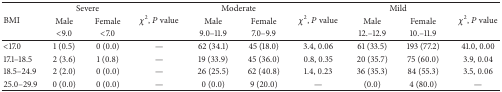
<table><thead><tr><td rowspan="3"><b>BMI</b></td><td colspan="2"><b>Severe</b></td><td rowspan="3"><b><i>χ</i><sup>2</sup>,<i>P</i> value</b></td><td colspan="2"><b>Moderate</b></td><td rowspan="3"><b><i>χ</i><sup>2</sup>, <i>P</i> value</b></td><td colspan="2"><b>Mild</b></td><td rowspan="3"><b><i>χ</i><sup>2</sup>, <i>P</i> value</b></td></tr><tr><td><b>Male</b></td><td><b>Female</b></td><td><b>Male</b></td><td><b>Female</b></td><td><b>Male</b></td><td><b>Female</b></td></tr><tr><td><b>&lt;9.0</b></td><td><b>&lt;7.0</b></td><td><b>9.0–11.9</b></td><td><b>7.0–9.9</b></td><td><b>12.–12.9</b></td><td><b>10.–11.9</b></td></tr></thead><tbody><tr><td>&lt;17.0</td><td>1 (0.5)</td><td> 0 (0.0)</td><td>—</td><td>62 (34.1)</td><td>45 (18.0)</td><td>3.4, 0.06</td><td>61 (33.5)</td><td>193 (77.2)</td><td>41.0, 0.00</td></tr><tr><td>17.1–18.5</td><td>2 (3.6)</td><td>1 (0.8)</td><td>—</td><td>19 (33.9)</td><td>45 (36.0)</td><td>0.8, 0.35</td><td>20 (35.7)</td><td>75 (60.0)</td><td>3.9, 0.04</td></tr><tr><td>18.5–24.9</td><td>2 (2.0)</td><td>0 (0.0)</td><td>—</td><td>26 (25.5)</td><td>62 (40.8)</td><td>1.4, 0.23</td><td>36 (35.3)</td><td>84 (55.3)</td><td>3.5, 0.06</td></tr><tr><td>25.0–29.9</td><td>0 (0.0)</td><td>0 (0.0)</td><td>—</td><td>0 (0.0)</td><td>9 (20.0)</td><td>—</td><td>(0.0)</td><td>4 (80.0)</td><td>—</td></tr></tbody></table>